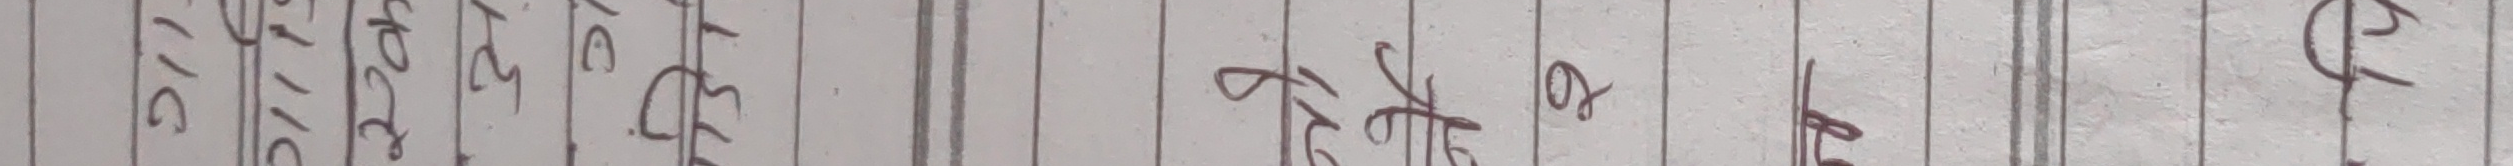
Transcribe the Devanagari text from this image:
रहेको छ ।